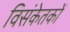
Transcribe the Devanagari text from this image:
विसंकेतकों